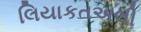
લિયાકતઅલી